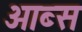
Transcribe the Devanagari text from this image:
ओब्स